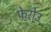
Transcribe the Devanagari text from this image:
फेरोउ